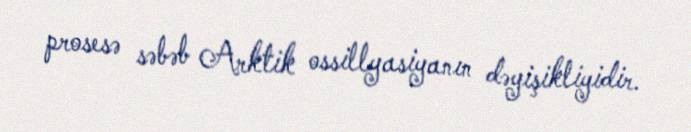
prosesə səbəb Arktik ossillyasiyanın dəyişikliyidir.